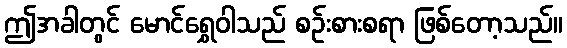
ဤအခါတွင် မောင်ရွှေဝါသည် စဉ်းစားစရာ ဖြစ်တော့သည်။